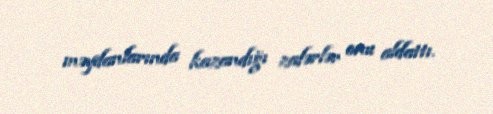
məydanlarında kazandığı zafərlər onu aldattı.